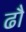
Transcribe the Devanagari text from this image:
ढौ